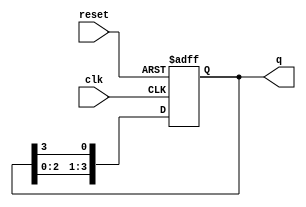
module ring_counter (
    input wire clk,        // Clock signal
    input wire reset,      // Asynchronous reset signal
    output reg [N-1:0] q  // Output of the counter
);

parameter N = 4; // Define the number of flip-flops (length of the counter)

// Always block triggered on the positive edge of the clock or reset
always @(posedge clk or posedge reset) begin
    if (reset) begin
        // Initialize the counter
        q <= 1'b1; // Set the first flip-flop to 1, others to 0
    end else begin
        // Shift the '1' around the ring
        q <= {q[N-2:0], q[N-1]};
    end
end

endmodule